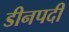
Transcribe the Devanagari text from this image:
डीनपदी